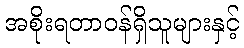
အစိုးရတာဝန်ရှိသူများနှင့်